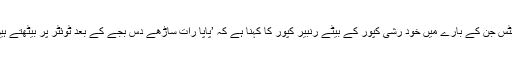
ٹوئٹس جن کے بارے میں خود رشی کپور کے بیٹے رنبیر کپور کا کہنا ہے کہ ’پاپا رات ساڑھے دس بجے کے بعد ٹوئٹر پر بیٹھتے ہیں‘۔